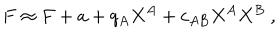
F \approx F + a + q _ { A } X ^ { A } + c _ { A B } X ^ { A } X ^ { B } \ ,